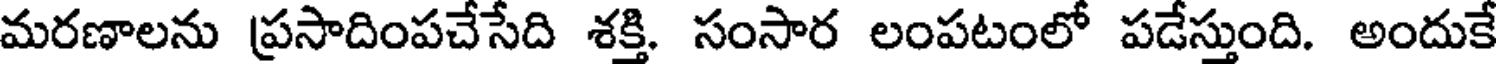
మరణాలను ప్రసాదింపచేసేది శక్తి. సంసార లంపటంలో పడేస్తుంది. అందుకే